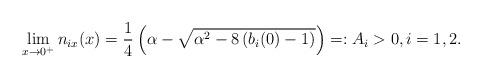
LaTeX: \begin{align*}\lim_{x\to0^+}n_{ix}(x)=\frac{1}{4}\left(\alpha-\sqrt{\alpha^2-8\left(b_i(0)-1\right)}\right)=:A_i>0,i=1,2.\end{align*}